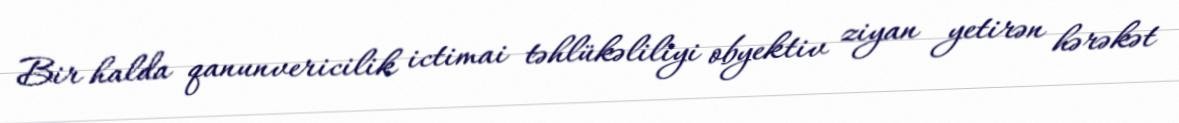
Bir halda qanunvericilik ictimai təhlükəliliyi obyektiv ziyan yetirən hərəkət